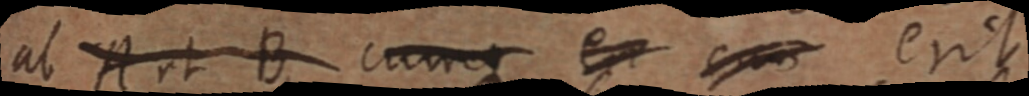
ab A et B cumque e cum erit